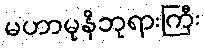
မဟာမုနိဘုရားကြီး